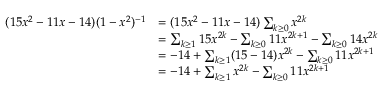
\begin{array} { r l } { ( 1 5 x ^ { 2 } - 1 1 x - 1 4 ) ( 1 - x ^ { 2 } ) ^ { - 1 } } & { = ( 1 5 x ^ { 2 } - 1 1 x - 1 4 ) \sum _ { k \ge 0 } x ^ { 2 k } } \\ & { = \sum _ { k \ge 1 } 1 5 x ^ { 2 k } - \sum _ { k \ge 0 } 1 1 x ^ { 2 k + 1 } - \sum _ { k \ge 0 } 1 4 x ^ { 2 k } } \\ & { = - 1 4 + \sum _ { k \ge 1 } ( 1 5 - 1 4 ) x ^ { 2 k } - \sum _ { k \ge 0 } 1 1 x ^ { 2 k + 1 } } \\ & { = - 1 4 + \sum _ { k \ge 1 } x ^ { 2 k } - \sum _ { k \ge 0 } 1 1 x ^ { 2 k + 1 } } \end{array}